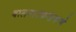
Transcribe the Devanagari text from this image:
बालनाटकांप्रमाणे